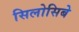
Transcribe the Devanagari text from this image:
सिलोसिबे